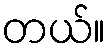
တယ်။